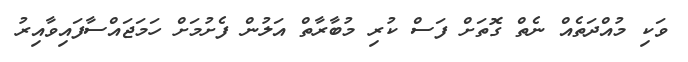
ވަކި މުއްދަތެއް ނެތް ގޮތަށް ފަސް ކުރި މުބާރާތް އަލުން ފެށުމަށް ހަމަޖައްސާފައިވާއިރު